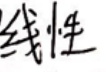
线性